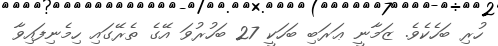
ހުރި ބަހެކެވެ. ޒަމާނީ ޢަރަބި ބަހަކީ 27 ބަހުރުވަ އޭގެ ތެރޭގައި ހިމެނިފައިވާ